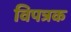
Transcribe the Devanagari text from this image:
विपत्रक